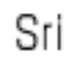
Sri